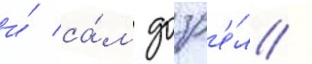
и́ са́м дозр'е́л /